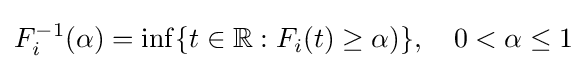
F_{i}^{-1}(\alpha )=\inf\{t\in \mathbb {R} :F_{i}(t)\geq \alpha )\},\quad 0<\alpha \leq 1